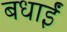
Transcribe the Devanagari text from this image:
बधाईं